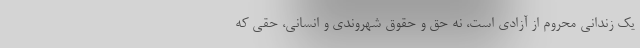
یک زندانی محروم از آزادی است، نه حق و حقوق شهروندی و انسانی، حقی که